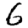
Digit: 6